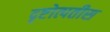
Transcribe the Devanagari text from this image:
दृष्टोत्पतीस